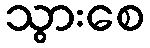
သွားစေ